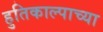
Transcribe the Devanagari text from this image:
हुतिकाल्पाच्या